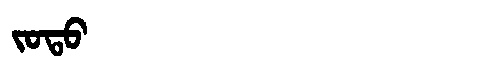
Manchu: ᠵᠣᡨᠣ
Romanization: JOTO